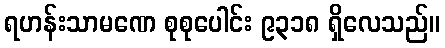
ရဟန်းသာမဏေ စုစုပေါင်း ၉၃၁၈ ရှိလေသည်။